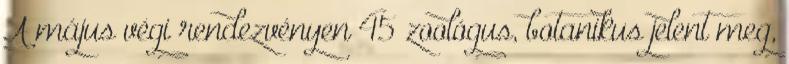
A május végi rendezvényen 45 zoológus, botanikus jelent meg,